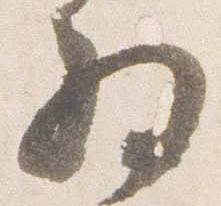
為